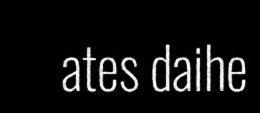
ates daihe